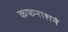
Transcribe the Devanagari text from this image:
कफनाशनं